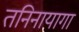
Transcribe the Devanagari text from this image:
तनिनायागा